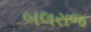
બલરાજ